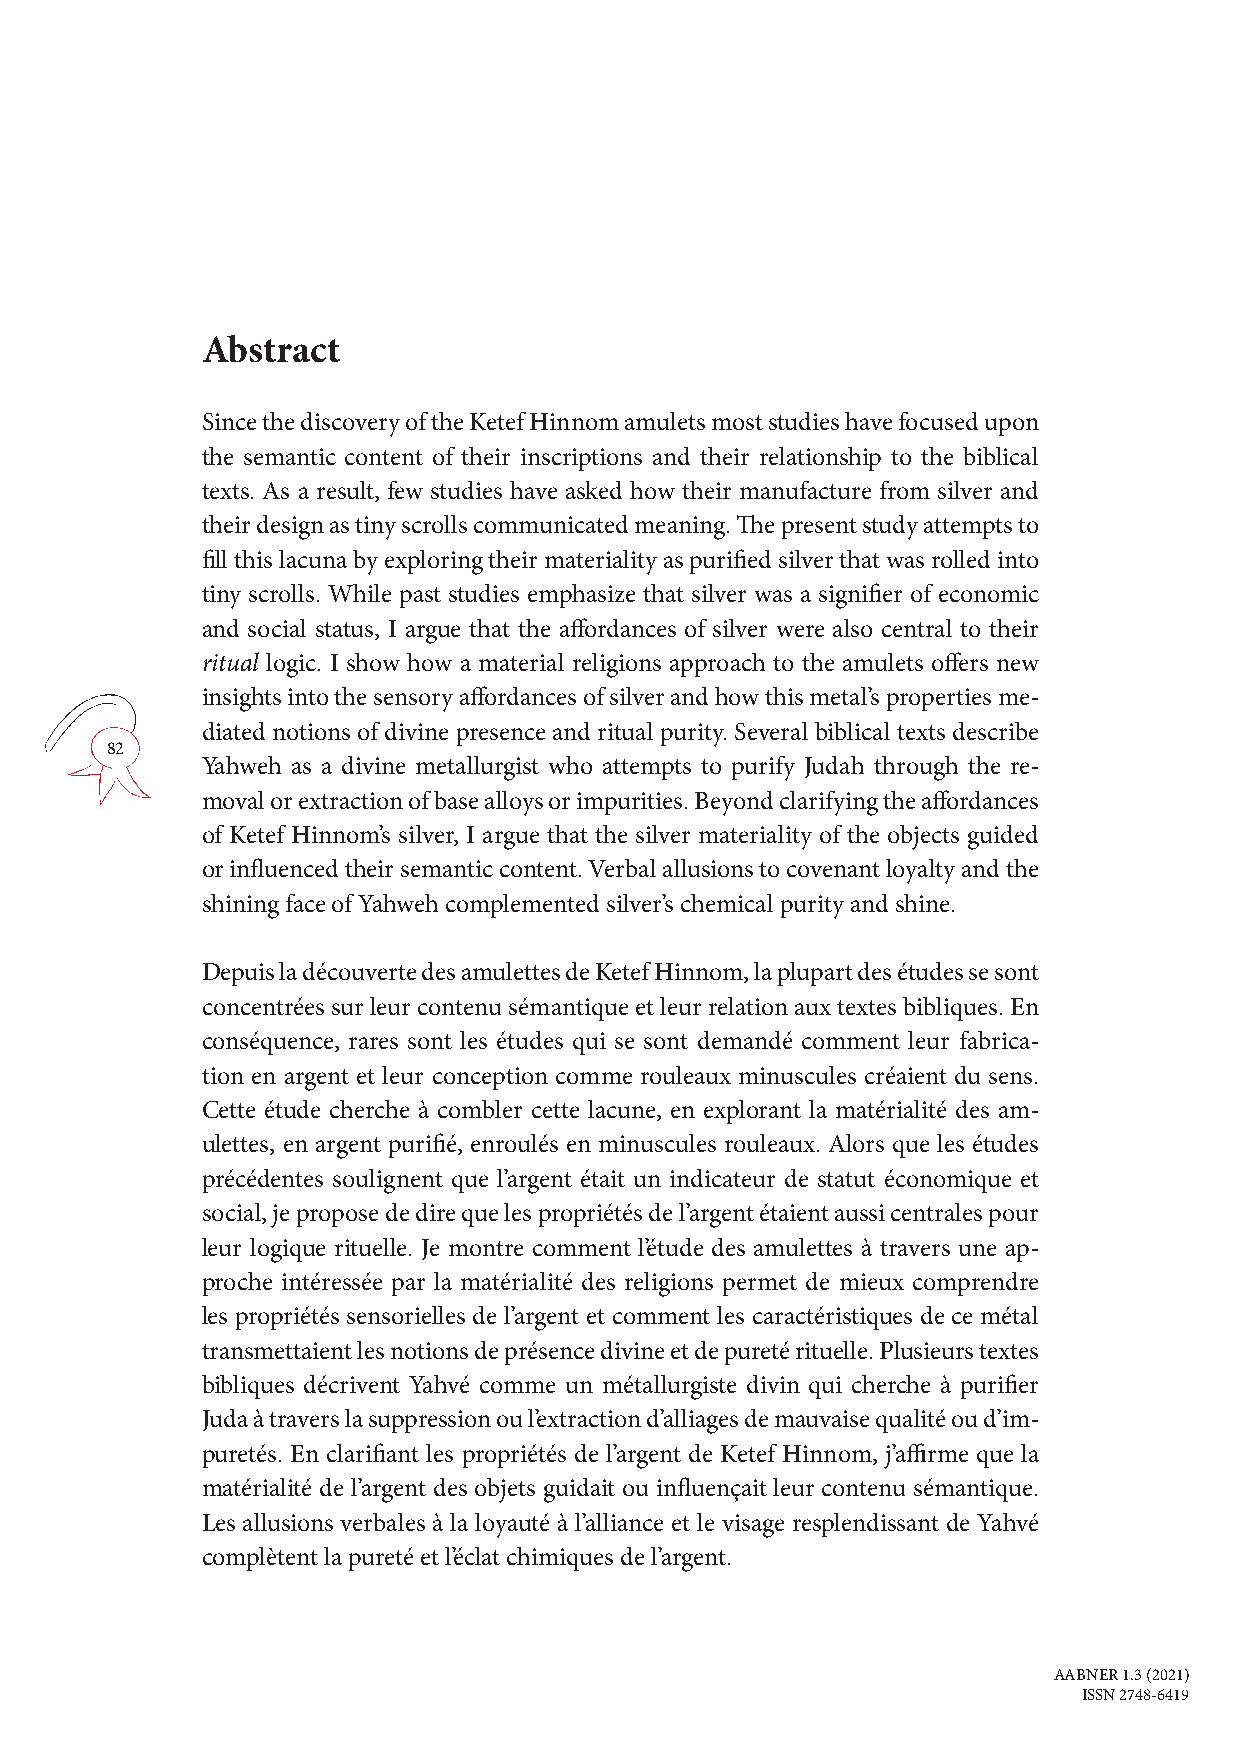
Abstract
 Since the discovery of the Ketef Hinnom amulets most studies have focused upon
 the semantic content of their inscriptions and their relationship to the biblical
 texts. As a result, few studies have asked how their manufacture from silver and
 their design as tiny scrolls communicated meaning. The present study attempts to
 fill this lacuna by exploring their materiality as purified silver that was rolled into
 tiny scrolls. While past studies emphasize that silver was a signifier of economic
 and social status, I argue that the affordances of silver were also central to their
 ritual logic. I show how a material religions approach to the amulets offers new
 insights into the sensory affordances of silver and how this metal’s properties me-
 diated notions of divine presence and ritual purity. Several biblical texts describe
 82
 Yahweh as a divine metallurgist who attempts to purify Judah through the re-
 moval or extraction of base alloys or impurities. Beyond clarifying the affordances
 of Ketef Hinnom’s silver, I argue that the silver materiality of the objects guided
 or influenced their semantic content. Verbal allusions to covenant loyalty and the
 shining face of Yahweh complemented silver’s chemical purity and shine.
 Depuis la découverte des amulettes de Ketef Hinnom, la plupart des études se sont
 concentrées sur leur contenu sémantique et leur relation aux textes bibliques. En
 conséquence, rares sont les études qui se sont demandé comment leur fabrica-
 tion en argent et leur conception comme rouleaux minuscules créaient du sens.
 Cette étude cherche à combler cette lacune, en explorant la matérialité des am-
 ulettes, en argent purifié, enroulés en minuscules rouleaux. Alors que les études
 précédentes soulignent que l’argent était un indicateur de statut économique et
 social, je propose de dire que les propriétés de l’argent étaient aussi centrales pour
 leur logique rituelle. Je montre comment l’étude des amulettes à travers une ap-
 proche intéressée par la matérialité des religions permet de mieux comprendre
 les propriétés sensorielles de l’argent et comment les caractéristiques de ce métal
 transmettaient les notions de présence divine et de pureté rituelle. Plusieurs textes
 bibliques décrivent Yahvé comme un métallurgiste divin qui cherche à purifier
 Juda à travers la suppression ou l’extraction d’alliages de mauvaise qualité ou d’im-
 puretés. En clarifiant les propriétés de l’argent de Ketef Hinnom, j’affirme que la
 matérialité de l’argent des objets guidait ou influençait leur contenu sémantique.
 Les allusions verbales à la loyauté à l’alliance et le visage resplendissant de Yahvé
 complètent la pureté et l’éclat chimiques de l’argent.
 AABNER 1.3 (2021)
 ISSN 2748-6419